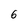
Character: 6